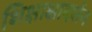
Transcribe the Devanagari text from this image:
शिक्षाक्षादर्शन